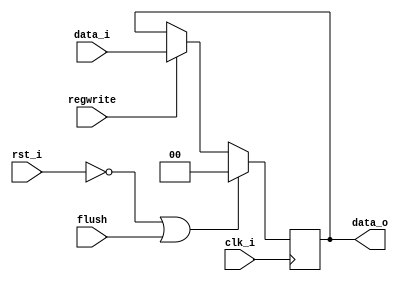
`timescale 1ns / 1ps
//Subject:     CO project 4 - Pipe Register
//--------------------------------------------------------------------------------
//Version:     1
//--------------------------------------------------------------------------------
//Writer:      
//----------------------------------------------
//Date:        
//----------------------------------------------
//Description: 
//--------------------------------------------------------------------------------
module Pipe_Reg_Flush(
    clk_i,
    rst_i,
    flush,
    regwrite,
    data_i,
    data_o
    );
					
parameter size = 0;
input   flush;
input   clk_i;		  
input   rst_i;
input regwrite;
input   [size-1:0] data_i;
output reg  [size-1:0] data_o;
	  
always@(posedge clk_i) begin
    if (~rst_i || flush) begin
        data_o <= 0;
        end 
    else begin
        if (regwrite) 
            data_o <= data_i;
        else
            data_o <= data_o;
        end
end

endmodule